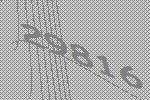
29816